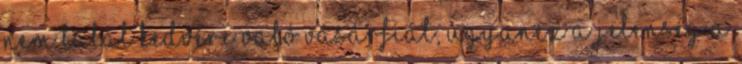
nem talál kedvére való vásárfiát; ugyanez a jelenség a